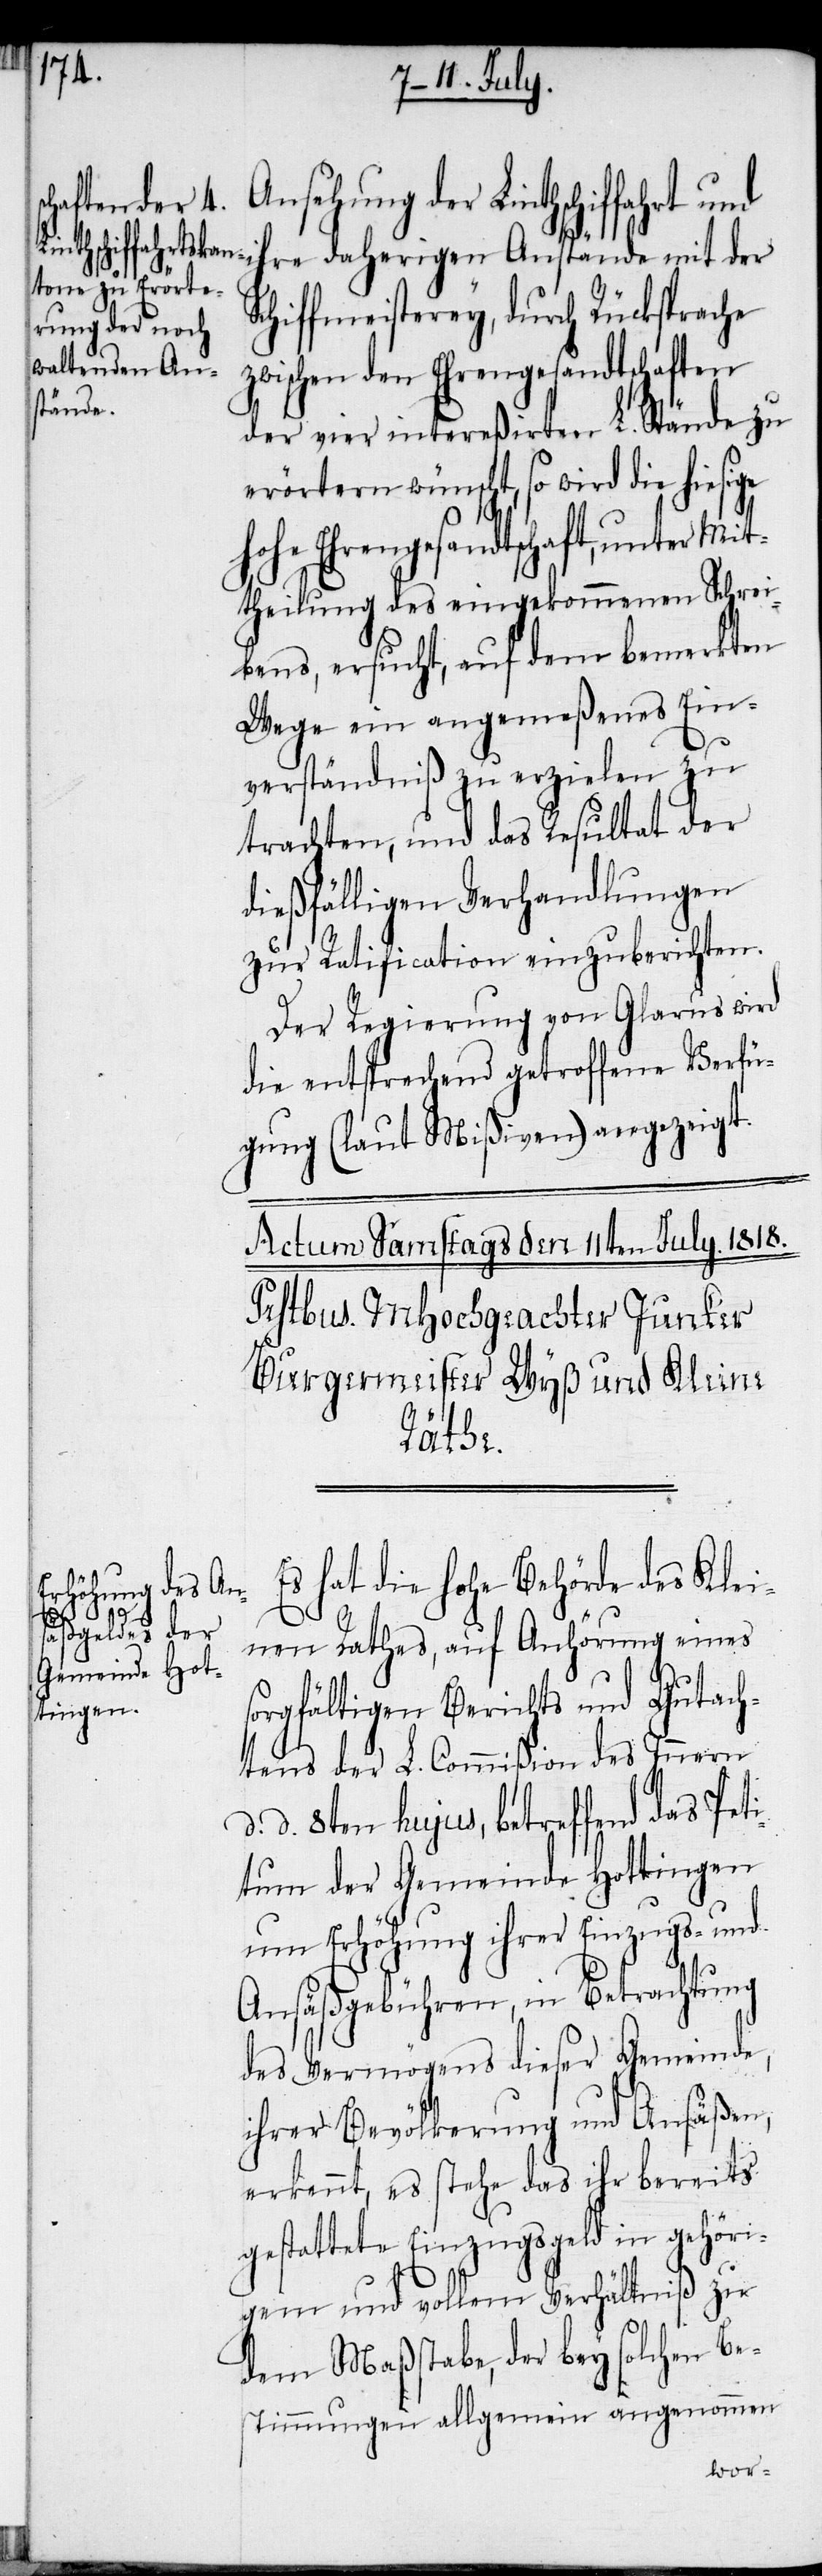
Linthschiffahrt und ihre daherigen Anstände mit der
Schiffmeisterey, durch Rücksprache
zwischen den Ehrengesandtschaften
der vier intereßirten L. Stände zu
erörtern wünscht, so wird die hiesige
hohe Ehrengesandtschaft, unter Mit¬
theilung des eingekommenen Schrei¬
bens, ersucht, auf dem bemerkten
Wege ein angemeßenes Ein¬
verständniß zu erzielen zu
trachten, und das Resultat der
dießfälligen Verhandlungen
zur Ratification einzuberichten.
Der Regierung von Glarus wird
die entsprechend getroffene Verfü¬
gung (laut Mißiven) angezeigt.
Es hat die hohe Behörde des Klei¬
der
nen Rathes, auf Anhörung eines
sorgfältigen Berichts und Gutach¬
tens der L. Commißion des Innern
d. 8ten hujus, betreffend das Pet¬
itum der Gemeinde Hottingen
um Erhöhung ihrer Einzugs- und
Ansäßgebühren, in Betrachtung
des Vermögens dieser Gemeinde,
ihrer Bevölkerung und Ansäßen,
erkennt, es stehe das ihr bereits
gestattete Einzugsgeld in gehöri¬
gem und vollem Verhältniß zu
dem Maßstabe, der bey solchen Be¬
stimmungen allgemein angenommen